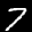
Label: 7